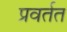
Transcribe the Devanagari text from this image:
प्रवर्तत